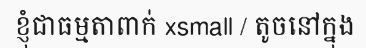
ខ្ញុំជាធម្មតាពាក់ xsmall / តូចនៅក្នុង